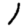
Digit: 1